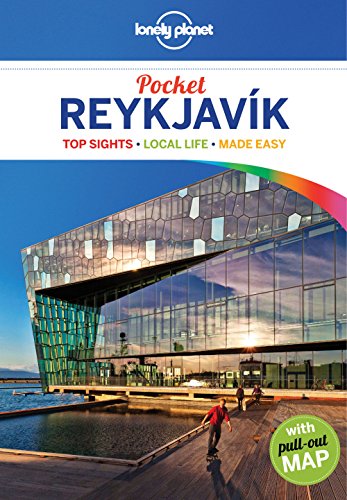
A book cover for Lonely Planet Pocket Reykjavik (Travel Guide); Lonely Planet; Travel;